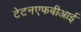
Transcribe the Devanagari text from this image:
टेटनएफबीआई